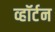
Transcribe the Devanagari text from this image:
व्हॉर्टन